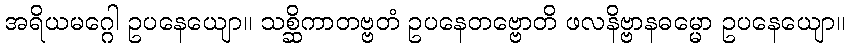
အရိယမဂ္ဂေါ ဥပနေယျော။ သစ္ဆိကာတဗ္ဗတံ ဥပနေတဗ္ဗောတိ ဖလနိဗ္ဗာနဓမ္မော ဥပနေယျော။